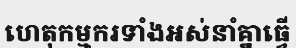
ហេតុកម្មករទាំងអស់នាំគ្នាធ្វើ